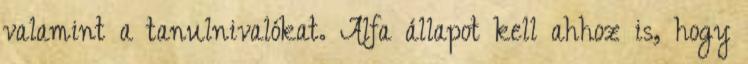
valamint a tanulnivalókat. Alfa állapot kell ahhoz is, hogy